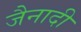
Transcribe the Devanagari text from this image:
जैनादी